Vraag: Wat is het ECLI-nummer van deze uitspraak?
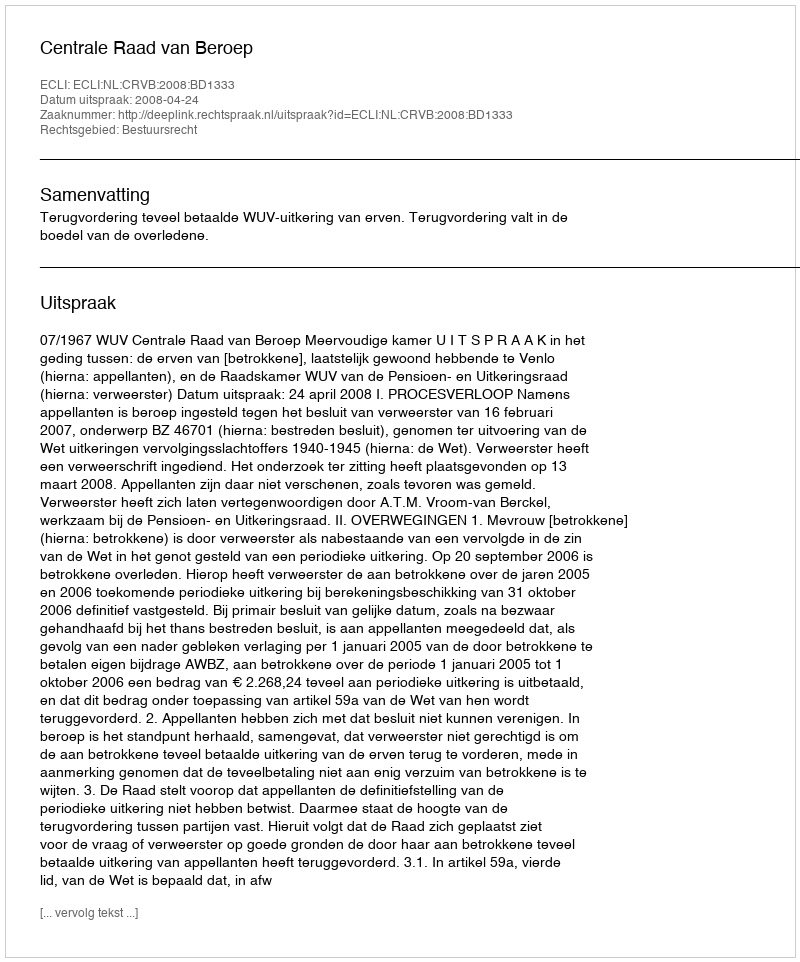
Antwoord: ECLI:NL:CRVB:2008:BD1333